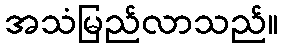
အသံမြည်လာသည်။